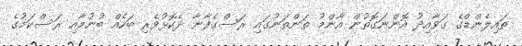
ތައިލެންޑްގެ ގަވާއިދު އޮންނަގޮތުން އާންމު ތަންތަނުގައި ރަސްގެފާނާ ދެކޮޅުވެރި ބަހެއް ބުނުމާއި ރަސްކަމުގެ